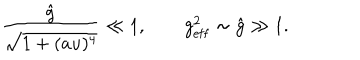
LaTeX: \frac { \hat { g } } { \sqrt { 1 + ( a u ) ^ { 4 } } } \ll 1 , \qquad g _ { \mathrm { e f f } } ^ { 2 } \sim \hat { g } \gg 1 .